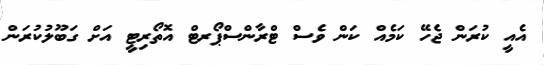
އެއީ ކުރަން ޖެހޭ ކަމެއް ކަން ވެސް ޓްރާންސްޕޯރޓް އޮތޯރިޓީ އަށް ގަބޫލުުކުރަން